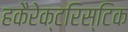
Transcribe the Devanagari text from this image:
हकैरेक्टरिस्टिक